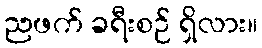
ညဖက် ခရီးစဉ် ရှိလား။